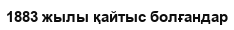
1883 жылы қайтыс болғандар